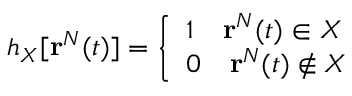
h _ { X } [ \mathbf { r } ^ { N } ( t ) ] = \left\{ \begin{array} { l l } { 1 \quad \mathbf { r } ^ { N } ( t ) \in X } \\ { 0 \quad \mathbf { r } ^ { N } ( t ) \notin X } \end{array} \right.